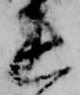
連